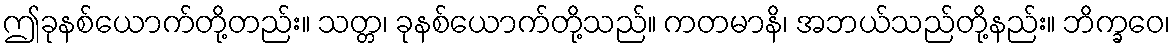
ဤခုနစ်ယောက်တို့တည်း။ သတ္တ၊ ခုနစ်ယောက်တို့သည်။ ကတမာနိ၊ အဘယ်သည်တို့နည်း။ ဘိက္ခဝေ၊